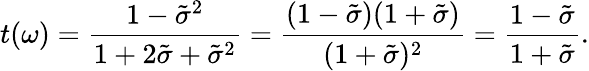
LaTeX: t(\omega)=\frac{1-\tilde{\sigma}^{2}}{1+2\tilde{\sigma}+\tilde{\sigma}^{2}}=\frac{(1-\tilde{\sigma})(1+\tilde{\sigma})}{(1+\tilde{\sigma})^{2}}=\frac{1-\tilde{\sigma}}{1+\tilde{\sigma}}.